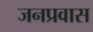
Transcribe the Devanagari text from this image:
जनप्रवास